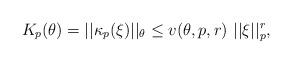
LaTeX: \begin{align*} K_p(\theta) = ||\kappa_p(\xi)||_{\theta} \le v(\theta,p,r) \ ||\xi||_p^r, \ \end{align*}